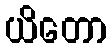
ယိတော